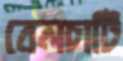
বেলচাটি